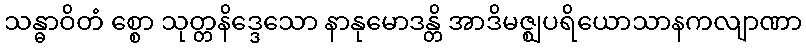
သန္ဓာဝိတံ စ္စော သုတ္တနိဒ္ဒေသော နာနုမောဒန္တိ အာဒိမဇ္ဈပရိယောသာနကလျာဏာ